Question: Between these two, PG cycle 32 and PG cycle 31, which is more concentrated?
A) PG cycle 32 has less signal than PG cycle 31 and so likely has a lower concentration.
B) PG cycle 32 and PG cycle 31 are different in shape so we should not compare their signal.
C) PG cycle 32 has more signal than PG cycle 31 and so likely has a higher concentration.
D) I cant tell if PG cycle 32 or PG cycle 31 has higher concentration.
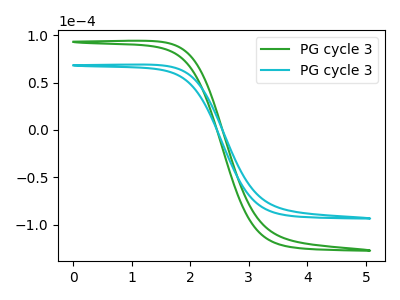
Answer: <think>The green curve "PG cycle 31" has no peaks. The cyan curve "PG cycle 32" has no peaks.
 Neither "PG cycle 32" or "PG cycle 31" have any peaks.</think>
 <answer>D) I cant tell if "PG cycle 32" or "PG cycle 31" has higher concentration.</answer>
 <eval>D</eval>